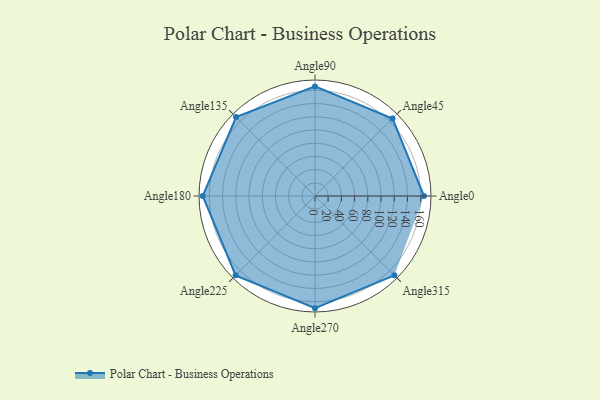
{"axis": {"x": "Angle", "y": "Radius"}, "legend": [""], "data": [{"x": "Angle0", "y": 165.0, "type": ""}, {"x": "Angle45", "y": 166.0, "type": ""}, {"x": "Angle90", "y": 166.0, "type": ""}, {"x": "Angle135", "y": 169.0, "type": ""}, {"x": "Angle180", "y": 170, "type": ""}, {"x": "Angle225", "y": 170, "type": ""}, {"x": "Angle270", "y": 170, "type": ""}, {"x": "Angle315", "y": 170, "type": ""}]}